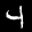
Label: 4